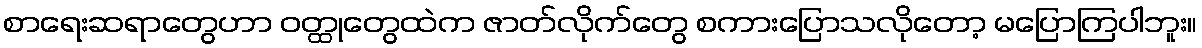
စာရေးဆရာတွေဟာ ဝတ္ထုတွေထဲက ဇာတ်လိုက်တွေ စကားပြောသလိုတော့ မပြောကြပါဘူး။